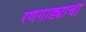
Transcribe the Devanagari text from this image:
रणगाड्याची